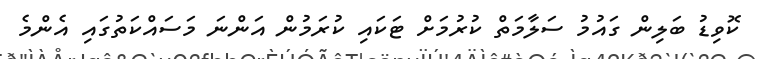
ކޮވިޑު ބަލިން ގައުމު ސަލާމަތް ކުރުމަށް ޓަކައި ކުރަމުން އަންނަ މަސައްކަތުގައި އެންމެ